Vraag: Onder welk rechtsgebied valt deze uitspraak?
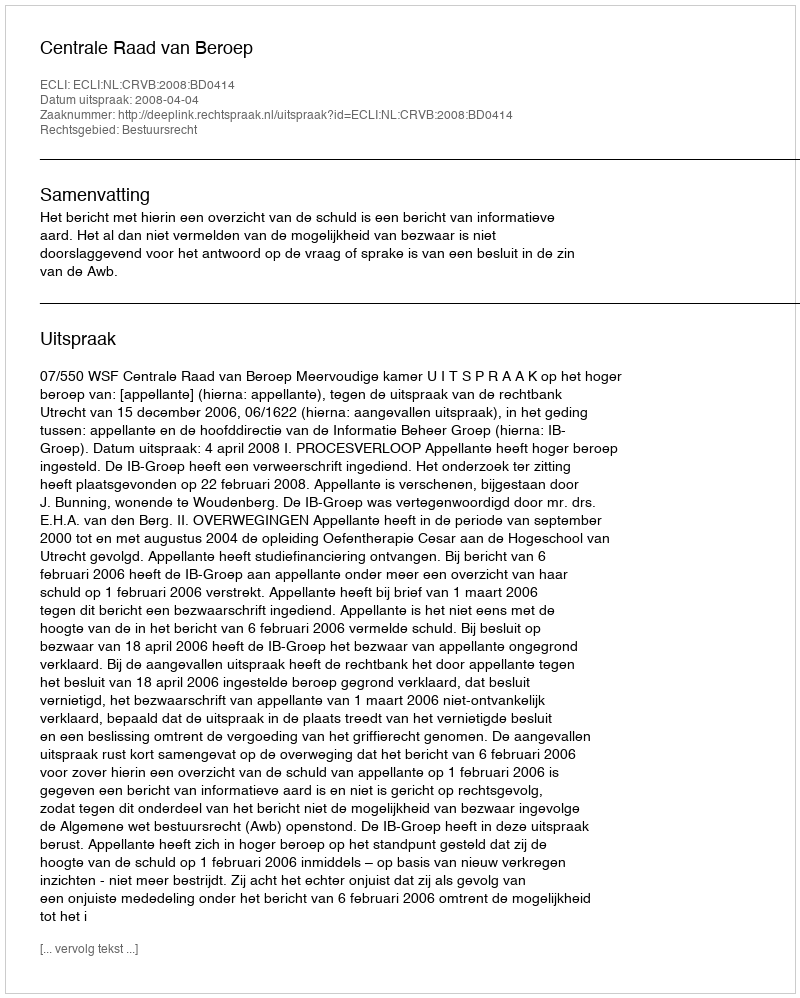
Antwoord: Bestuursrecht